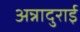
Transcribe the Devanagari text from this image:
अन्नादुराई